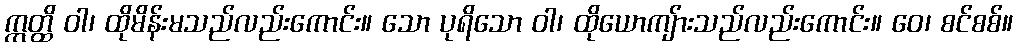
ဣတ္ထိ ဝါ၊ ထိုမိန်းမသည်လည်းကောင်း။ သော ပုရိသော ဝါ၊ ထိုယောကျ်ားသည်လည်းကောင်း။ ဝေ၊ စင်စစ်။